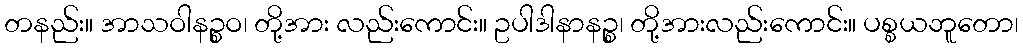
တနည်း။ အာသဝါနဉ္စဝ၊ တို့အား လည်းကောင်း။ ဥပါဒါနာနဉ္စ၊ တို့အားလည်းကောင်း။ ပစ္စယဘူတော၊